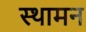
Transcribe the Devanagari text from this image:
स्थामन